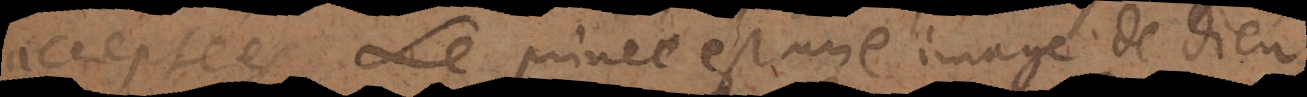
acceptées. Le prince est une image de Dieu